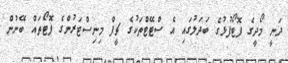
ދަނީ މޯދީގެ ފޮޓޯފުޅުގެ ބަދަލުގައި އެ ސްޓޭޓްތަކުގެ ޗީފް މިނިސްޓަރުންގެ ފޮޓޯތައް ބޭނުން